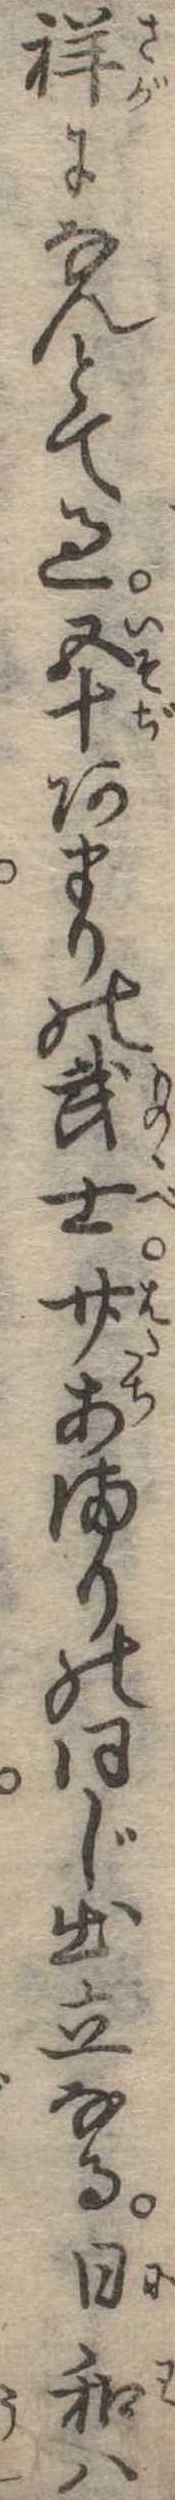
祥になんとて過五十あまりの武士廿あまりの同じ出立なる日和は